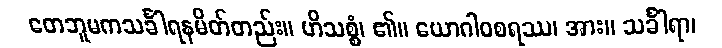
တေဘူမကသင်္ခါရနမိတ်တည်း။ ဟိသစ္စံ၊ ၏။ ယောဂါဝစရဿ၊ အား။ သင်္ခါရာ၊